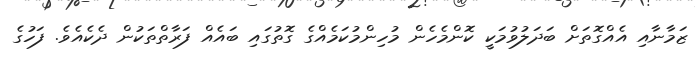
ޒަމާނާއި އެއްގޮތަށް ބަދަލުވުމަކީ ކޮންމެހެން މުހިންމުކަމެއްގެ ގޮތުގައި ބައެއް ފަރާތްތަކުން ދެކެއެވެ. ފަހުގެ